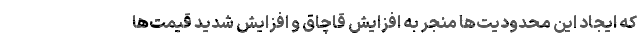
که ایجاد این محدودیت‌ها منجر به افزایش قاچاق و افزایش شدید قیمت‌ها